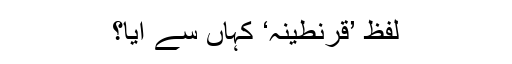
لفظ ’قرنطینہ‘ کہاں سے آیا؟